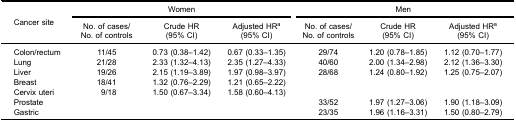
<table><thead><tr><td rowspan="3"><b>Cancer site</b></td><td colspan="3"><b>Women</b></td><td colspan="3"><b>Men</b></td></tr><tr><td><b>No. of cases/No. of controls</b></td><td><b>Crude HR(95% CI)</b></td><td><b>Adjusted HR<sup>a</sup>(95% CI)</b></td><td><b>No. of cases/No. of controls</b></td><td><b>Crude HR(95% CI)</b></td><td><b>Adjusted HR<sup>a</sup>(95% CI)</b></td></tr></thead><tbody><tr><td>Colon/rectum</td><td>11/45</td><td>0.73 (0.38–1.42)</td><td>0.67 (0.33–1.35)</td><td>29/74</td><td>1.20 (0.78–1.85)</td><td>1.12 (0.70–1.77)</td></tr><tr><td>Lung</td><td>21/28</td><td>2.33 (1.32–4.13)</td><td>2.35 (1.27–4.33)</td><td>40/60</td><td>2.00 (1.34–2.98)</td><td>2.12 (1.36–3.30)</td></tr><tr><td>Liver</td><td>19/26</td><td>2.15 (1.19–3.89)</td><td>1.97 (0.98–3.97)</td><td>28/68</td><td>1.24 (0.80–1.92)</td><td>1.25 (0.75–2.07)</td></tr><tr><td>Breast</td><td>18/41</td><td>1.32 (0.76–2.29)</td><td>1.21 (0.65–2.22)</td><td> </td><td> </td><td> </td></tr><tr><td>Cervix uteri</td><td>9/18</td><td>1.50 (0.67–3.34)</td><td>1.58 (0.60–4.13)</td><td> </td><td> </td><td> </td></tr><tr><td>Prostate</td><td> </td><td> </td><td> </td><td>33/52</td><td>1.97 (1.27–3.06)</td><td>1.90 (1.18–3.09)</td></tr><tr><td>Gastric</td><td> </td><td> </td><td> </td><td>23/35</td><td>1.96 (1.16–3.31)</td><td>1.50 (0.80–2.79)</td></tr></tbody></table>